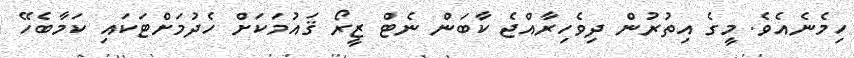
ހިމެނެއެވެ. މީގެ އިތުރުން ދިވެހިރާއްޖެ ކާބަން ނެޓް ޒީރޯ ޤައުމަކަށް ހެދުމަށްޓަކައި ކަމާބެހޭ